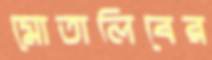
মোতালিবের